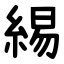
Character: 緆